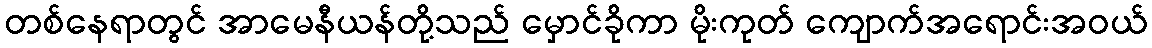
တစ်နေရာတွင် အာမေနီယန်တို့သည် မှောင်ခိုကာ မိုးကုတ် ကျောက်အရောင်းအဝယ်